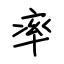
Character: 率